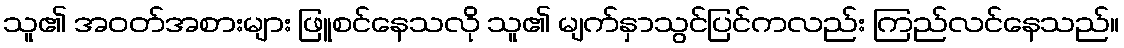
သူ၏ အဝတ်အစားများ ဖြူစင်နေသလို သူ၏ မျက်နှာသွင်ပြင်ကလည်း ကြည်လင်နေသည်။